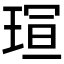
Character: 𪻭